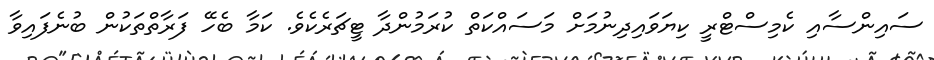
ސައިންސާއި ކެމިސްޓްރީ ކިޔަވައިދިނުމަށް މަސައްކަތް ކުރަމުންދާ ޓީޗަރެކެވެ. ކަމާ ބެހޭ ފަރާތްތަކުން ބުނެފައިވާ